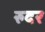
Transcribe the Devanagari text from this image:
रुदर